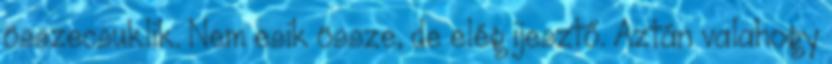
összecsuklik. Nem esik össze, de elég ijesztő. Aztán valahogy